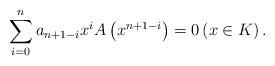
LaTeX: \begin{align*} \sum_{i=0}^{n}a_{n+1-i}x^{i}A\left(x^{n+1-i}\right)=0 \left(x\in K\right). \end{align*}